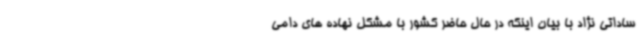
ساداتی نژاد با بیان اینکه در حال حاضر کشور با مشکل نهاده های دامی